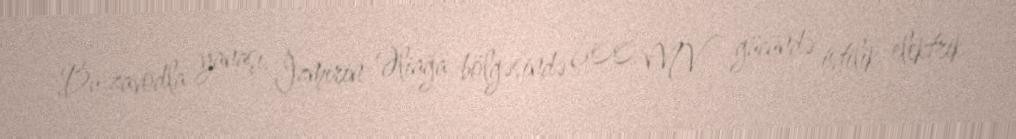
Bu zavodla yanaşı, İzmirin Əliağa bölgəsində 600 MV gücündə istilik elektrik